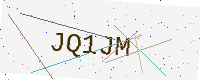
Text: JQ1JM